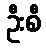
ဦးစီ